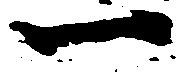
一